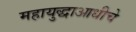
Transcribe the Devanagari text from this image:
महायुद्धाआधीचे